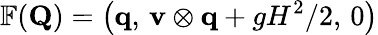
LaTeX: \mathbb{F}(\mathbf{Q})=\left(\mathbf{q},\, \mathbf{v}\otimes\mathbf{q}+gH^{2}/2,\, 0\right)